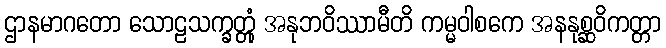
ဌာနမာဂတော သောဠသက္ခတ္တုံ အနုဘဝိဿာမီတိ ကမ္မဝါစကေ အနနုစ္ဆဝိကတ္တာ